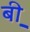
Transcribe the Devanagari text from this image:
बी़